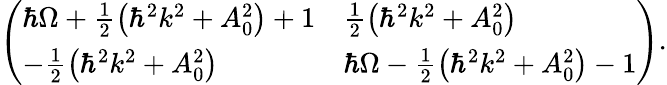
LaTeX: \left(\begin{array}{ll}{\hbar\Omega+{\frac{1}{2}}{\left(\hbar^{2}k^{2}+A_{0}^{2}\right)}+1}&{{\frac{1}{2}}{\left(\hbar^{2}k^{2}+A_{0}^{2}\right)}}\\ {-{\frac{1}{2}}{\left(\hbar^{2}k^{2}+A_{0}^{2}\right)}}&{\hbar\Omega-{\frac{1}{2}}{\left(\hbar^{2}k^{2}+A_{0}^{2}\right)}-1}\end{array}\right).